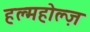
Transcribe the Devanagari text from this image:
हल्महोल्ज़